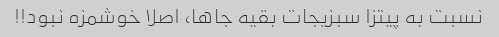
نسبت به پیتزا سبزیجات بقیه جاها، اصلا خوشمزه نبود!!